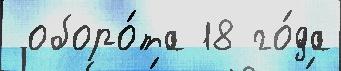
 оборо́та 18 го́да